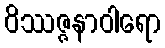
ဝိဿဇ္ဇနာဝါရော